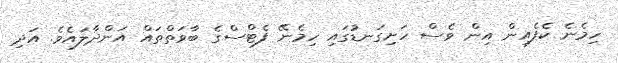
ހިމެނެ ކެފެއިން އިން ވެސް ހަށިގަނޑުގައި ހިމެނޭ ފެޓްސްގެ ބާވަތްތައް އަންދާލައެވެ. އަދި